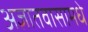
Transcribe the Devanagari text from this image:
अज्ञातवासामधे